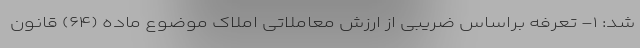
شد: ۱- تعرفه براساس ضریبی از ارزش معاملاتی املاک موضوع ماده (۶۴) قانون